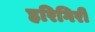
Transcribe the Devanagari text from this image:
हरिगिरी